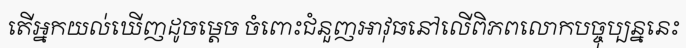
តើអ្នកយល់ឃើញដូចម្តេច ចំពោះជំនួញអាវុធនៅលើពិភពលោកបច្ចុប្បន្ននេះ